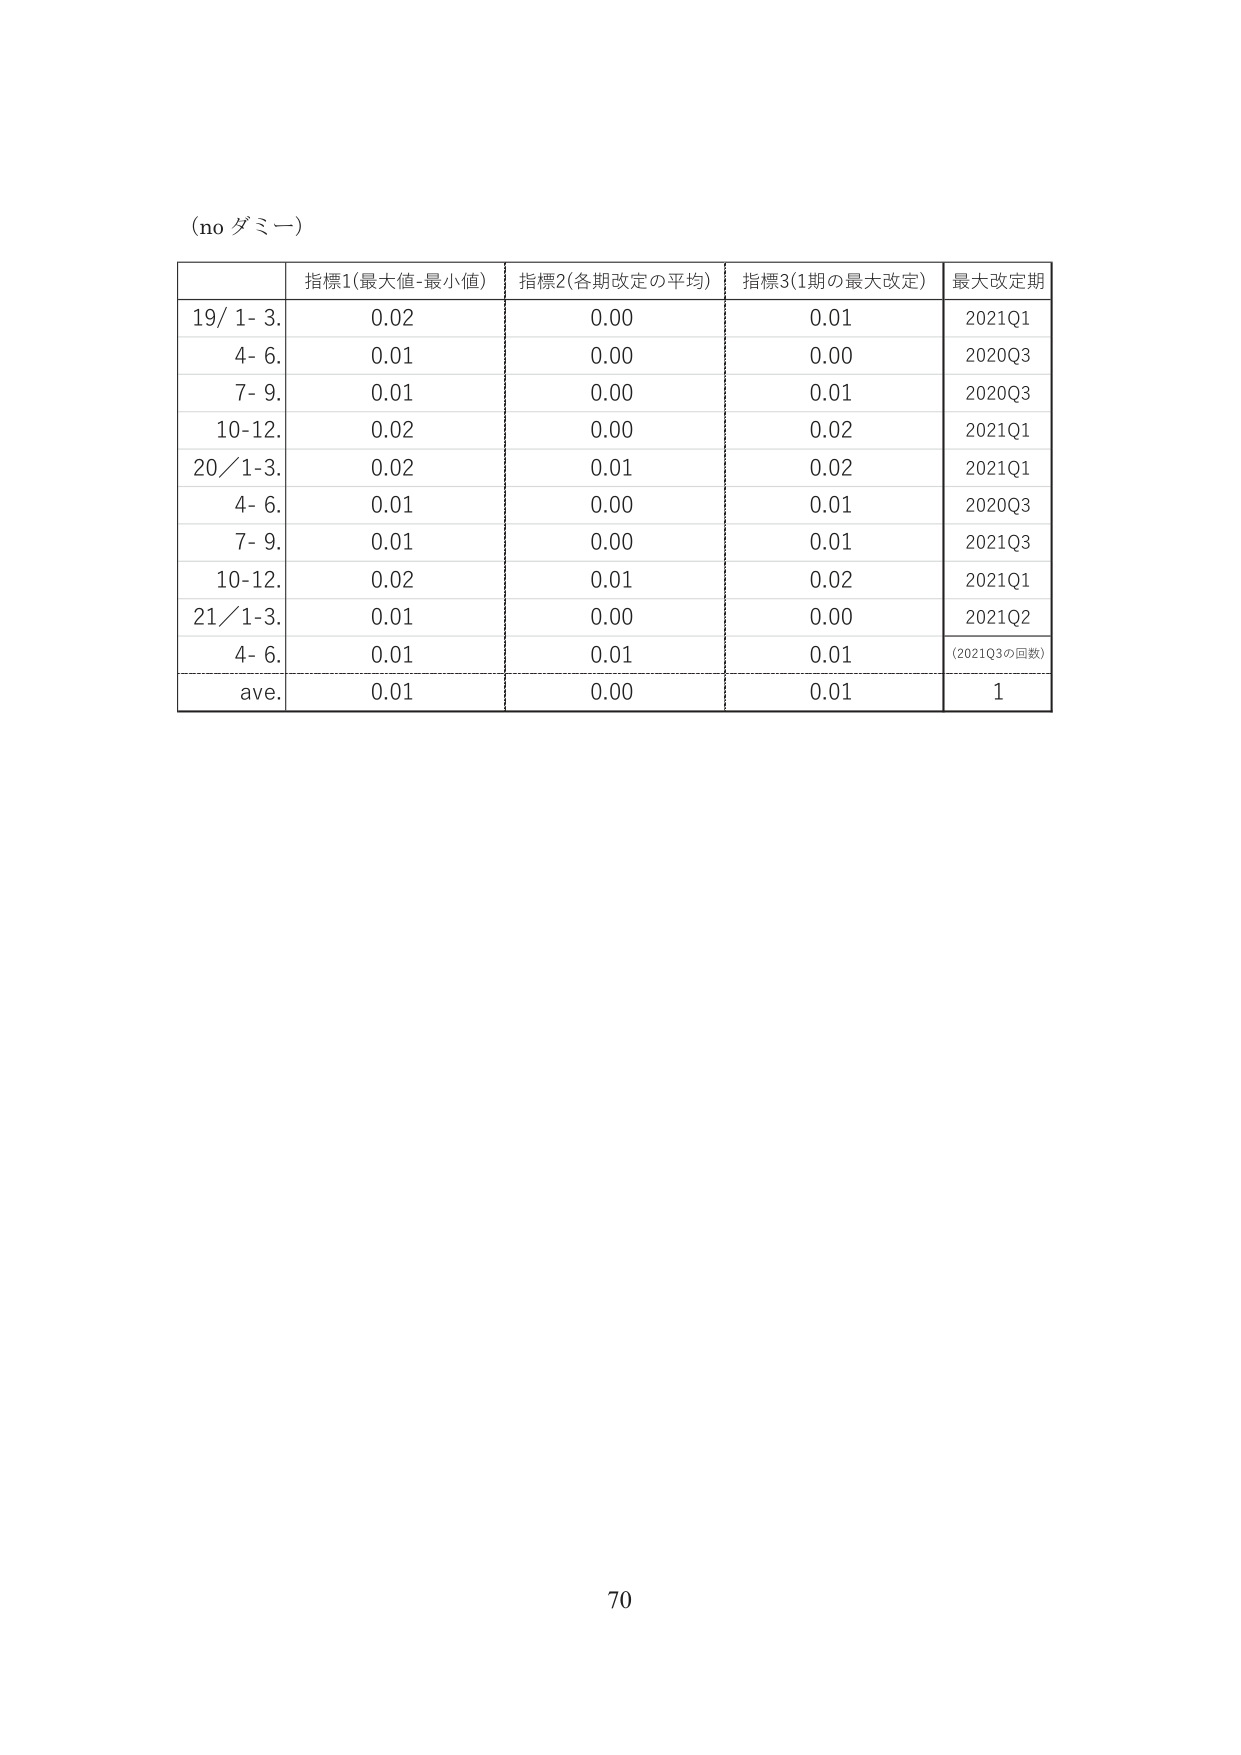
(no ダミー)

指標1(最大値-最小値) 指標2(各期改定の平均) 指標3(1期の最大改定) 最大改定期
19/ 1- 3. 0.02 0.00 0.01 2021Q1
4- 6. 0.01 0.00 0.00 2020Q3
7- 9. 0.01 0.00 0.01 2020Q3
10-12. 0.02 0.00 0.02 2021Q1
20/1-3. 0.02 0.01 0.02 2021Q1
4- 6. 0.01 0.00 0.01 2020Q3
7- 9. 0.01 0.00 0.01 2021Q3
10-12. 0.02 0.01 0.02 2021Q1
21/1-3. 0.01 0.00 0.00 2021Q2
4- 6. 0.01 0.01 0.01 (2021Q3の回数)
ave. 0.01 0.00 0.01 1

70